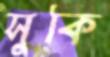
সুকি